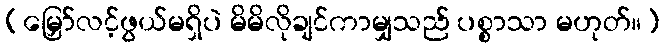
(မြှော်လင့်ဖွယ်မရှိပဲ မိမိလိုချင်ကာမျှသည် ပစ္စာသာ မဟုတ်။)